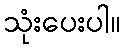
သုံးပေးပါ။